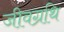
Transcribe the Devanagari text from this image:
जीवग्रथि